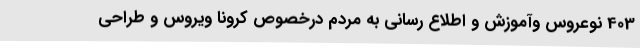
403 نوعروس وآموزش و اطلاع رسانی به مردم درخصوص کرونا ویروس و طراحی